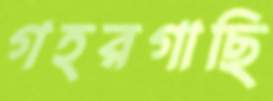
গহরগাছি